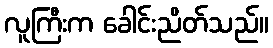
လူကြီးက ခေါင်းညိတ်သည်။